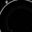
Digit: 8